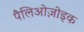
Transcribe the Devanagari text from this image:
पैलिओज़ोइक